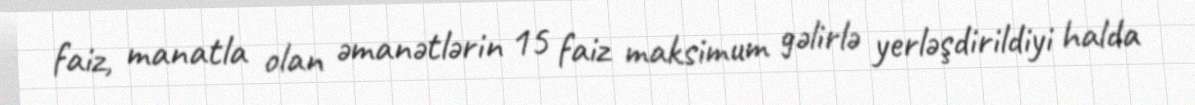
faiz, manatla olan əmanətlərin 15 faiz maksimum gəlirlə yerləşdirildiyi halda